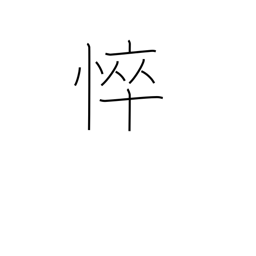
Meaning: becoming emaciated